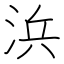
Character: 浜